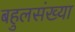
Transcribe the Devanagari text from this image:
बहुलसंख्या